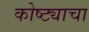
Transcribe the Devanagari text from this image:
कोष्ट्याचा